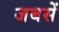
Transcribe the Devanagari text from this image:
जबसें